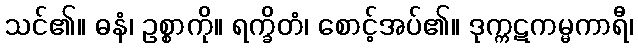
သင်၏။ ဓနံ၊ ဥစ္စာကို။ ရက္ခိတံ၊ စောင့်အပ်၏။ ဒုက္ကဋကမ္မကာရီ၊